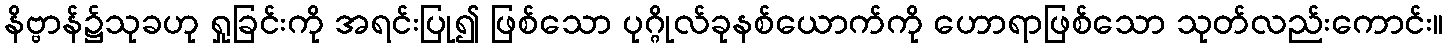
နိဗ္ဗာန်၌သုခဟု ရှုခြင်းကို အရင်းပြု၍ ဖြစ်သော ပုဂ္ဂိုလ်ခုနစ်ယောက်ကို ဟောရာဖြစ်သော သုတ်လည်းကောင်း။